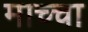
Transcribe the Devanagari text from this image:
माच्चा